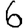
Digit: 6